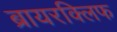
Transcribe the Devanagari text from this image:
ब्रायरक्लिफ